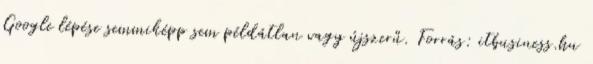
Google lépése semmiképp sem példátlan vagy újszerű. Forrás: itbusiness.hu